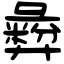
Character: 彜